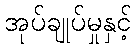
အုပ်ချုပ်မှုနှင့်